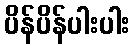
ပိန်ပိန်ပါးပါး